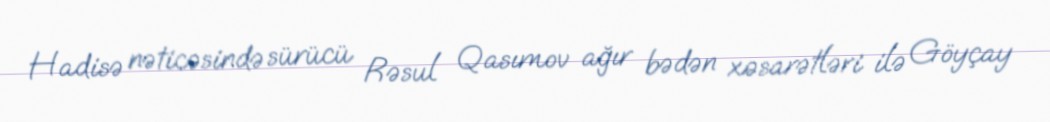
Hadisə nəticəsində sürücü Rəsul Qasımov ağır bədən xəsarətləri ilə Göyçay